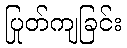
ပြုတ်ကျခြင်း